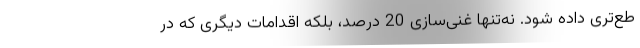
طع‌تری داده شود. نه‌تنها غنی‌سازی 20 درصد، بلکه اقدامات دیگری که در